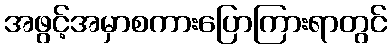
အဖွင့်အမှာစကားပြောကြားရာတွင်